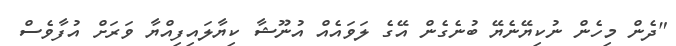
"ދެން މިހެން ނުކިޔޭނެޔޭ ބުނެގެން އޭގެ ލަވައެއް އުނޫޝާ ކިޔާލައިފިއްޔާ ވަރަށް އުފާވެސް